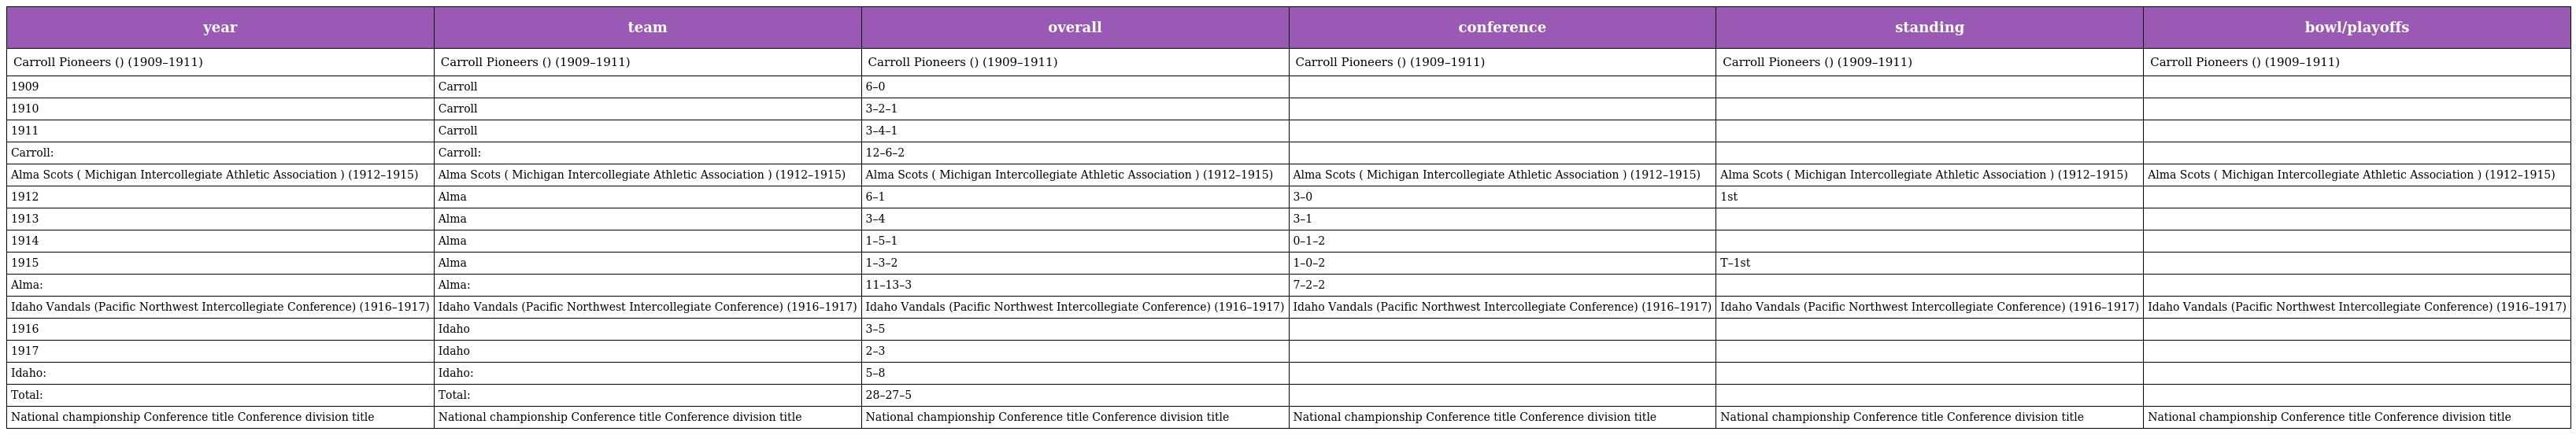
| year | team | overall | conference | standing | bowl/playoffs |
 | --- | --- | --- | --- | --- | --- |
 | Carroll Pioneers () (1909–1911) | Carroll Pioneers () (1909–1911) | Carroll Pioneers () (1909–1911) | Carroll Pioneers () (1909–1911) | Carroll Pioneers () (1909–1911) | Carroll Pioneers () (1909–1911) |
 | 1909 | Carroll | 6–0 |  |  |  |
 | 1910 | Carroll | 3–2–1 |  |  |  |
 | 1911 | Carroll | 3–4–1 |  |  |  |
 | Carroll: | Carroll: | 12–6–2 |  |  |  |
 | Alma Scots ( Michigan Intercollegiate Athletic Association ) (1912–1915) | Alma Scots ( Michigan Intercollegiate Athletic Association ) (1912–1915) | Alma Scots ( Michigan Intercollegiate Athletic Association ) (1912–1915) | Alma Scots ( Michigan Intercollegiate Athletic Association ) (1912–1915) | Alma Scots ( Michigan Intercollegiate Athletic Association ) (1912–1915) | Alma Scots ( Michigan Intercollegiate Athletic Association ) (1912–1915) |
 | 1912 | Alma | 6–1 | 3–0 | 1st |  |
 | 1913 | Alma | 3–4 | 3–1 |  |  |
 | 1914 | Alma | 1–5–1 | 0–1–2 |  |  |
 | 1915 | Alma | 1–3–2 | 1–0–2 | T–1st |  |
 | Alma: | Alma: | 11–13–3 | 7–2–2 |  |  |
 | Idaho Vandals (Pacific Northwest Intercollegiate Conference) (1916–1917) | Idaho Vandals (Pacific Northwest Intercollegiate Conference) (1916–1917) | Idaho Vandals (Pacific Northwest Intercollegiate Conference) (1916–1917) | Idaho Vandals (Pacific Northwest Intercollegiate Conference) (1916–1917) | Idaho Vandals (Pacific Northwest Intercollegiate Conference) (1916–1917) | Idaho Vandals (Pacific Northwest Intercollegiate Conference) (1916–1917) |
 | 1916 | Idaho | 3–5 |  |  |  |
 | 1917 | Idaho | 2–3 |  |  |  |
 | Idaho: | Idaho: | 5–8 |  |  |  |
 | Total: | Total: | 28–27–5 |  |  |  |
 | National championship Conference title Conference division title | National championship Conference title Conference division title | National championship Conference title Conference division title | National championship Conference title Conference division title | National championship Conference title Conference division title | National championship Conference title Conference division title |